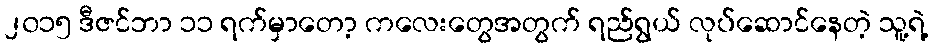
၂၀၁၅ ဒီဇင်ဘာ ၁၁ ရက်မှာတော့ ကလေးတွေအတွက် ရည်ရွယ် လုပ်ဆောင်နေတဲ့ သူ့ရဲ့